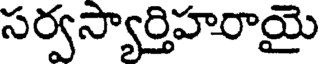
సర్వస్యార్తిహరాయై